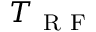
T _ { \mathrm { ~ R ~ F ~ } }